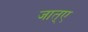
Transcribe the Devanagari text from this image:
जात्ए